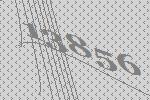
13856